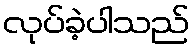
လုပ်ခဲ့ပါသည်